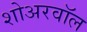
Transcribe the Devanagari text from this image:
शोअरवॉल